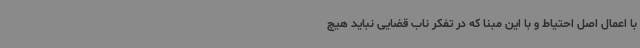
با اعمال اصل احتیاط و با این مبنا که در تفکر ناب قضایی نباید هیچ